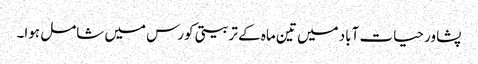
پشاور حیات آباد میں تین ماہ کے تربیتی کورس میں شامل ہوا۔